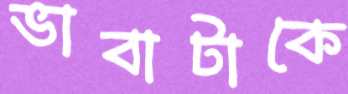
ভাবাটাকে